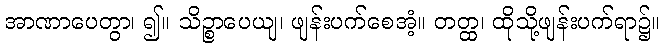
အာဏာပေတွာ၊ ၍။ သိဉ္စာပေယျ၊ ဖျန်းပက်စေအံ့။ တတ္ထ၊ ထိုသို့ဖျန်းပက်ရာ၌။